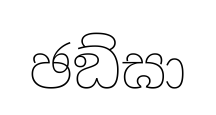
ඡඞ්ඝා